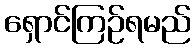
ရှောင်ကြဉ်ရမည်